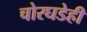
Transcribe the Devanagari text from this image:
चोरघडेही